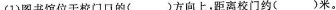
(1)图书馆位于校门口的()方向上，距离校门约()米。